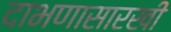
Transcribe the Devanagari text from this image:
दाभणासारखी